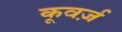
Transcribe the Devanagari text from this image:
कूवर्ज़